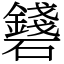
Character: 𥗛